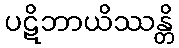
ပဋိဘာယိဿန္တိ